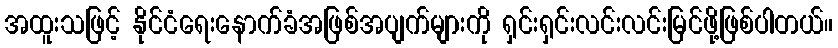
အထူးသဖြင့် နိုင်ငံရေးနောက်ခံအဖြစ်အပျက်များကို ရှင်းရှင်းလင်းလင်းမြင်ဖို့ဖြစ်ပါတယ်။